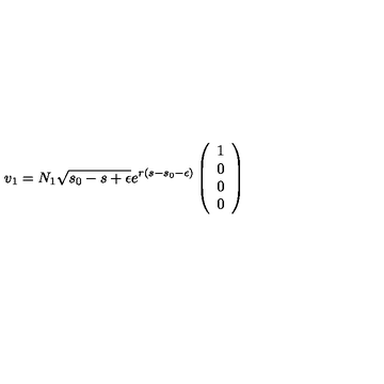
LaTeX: v _ { 1 } = N _ { 1 } \sqrt { s _ { 0 } - s + \epsilon } e ^ { r ( s - s _ { 0 } - \epsilon ) } \left( \begin{array} { c } { 1 } \\ { 0 } \\ { 0 } \\ { 0 } \\ \end{array} \right)